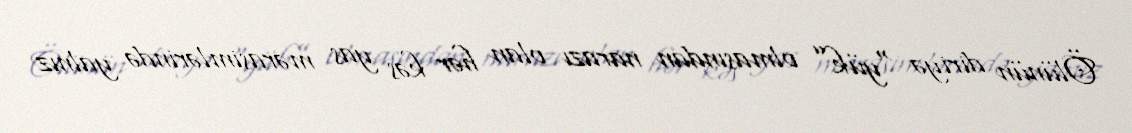
Ölünün diriyə “yük” olmasından narazı olan hər kəs yas mərasimlərində yalnız